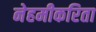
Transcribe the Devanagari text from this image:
नेहमीकरिता